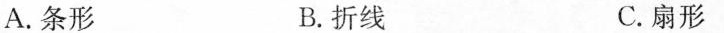
A. 条形 B. 折线 C. 扇形